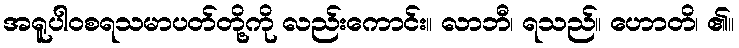
အရူပါဝစရသမာပတ်တို့ကို လည်းကောင်း။ လာဘီ၊ ရသည်။ ဟောတိ၊ ၏။